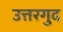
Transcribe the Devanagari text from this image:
उत्तरगुद